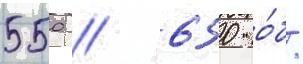
550 // 650 о́б/